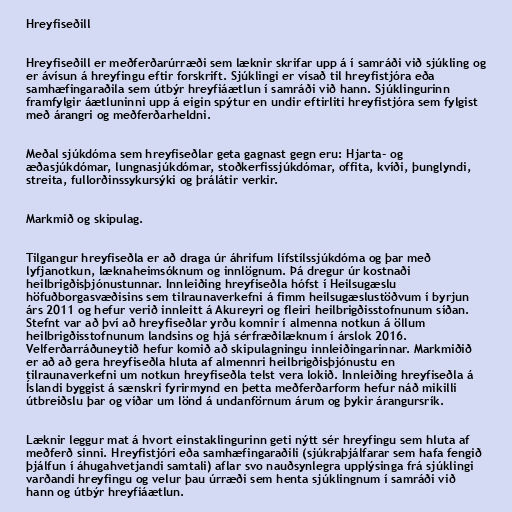
Hreyfiseðill

Hreyfiseðill er meðferðarúrræði sem læknir skrifar upp á í samráði við sjúkling og
er ávísun á hreyfingu eftir forskrift. Sjúklingi er vísað til hreyfistjóra eða
samhæfingaraðila sem útbýr hreyfiáætlun í samráði við hann. Sjúklingurinn
framfylgir áætluninni upp á eigin spýtur en undir eftirliti hreyfistjóra sem fylgist
með árangri og meðferðarheldni.

Meðal sjúkdóma sem hreyfiseðlar geta gagnast gegn eru: Hjarta- og
æðasjúk­dóm­ar, lungna­sjúk­dóm­ar, stoðkerf­is­sjúk­dóm­ar, offita, kvíði, þung­lyndi,
streita, fullorðinssykursýki og þrálátir verkir.

Markmið og skipulag.

Tilgangur hreyfiseðla er að draga úr áhrifum lífstílssjúkdóma og þar með
lyfjanotkun, læknaheimsóknum og innlögnum. Þá dregur úr kostnaði
heilbrigðisþjónustunnar. Innleiðing hreyfiseðla hófst í Heilsugæslu
höfuðborgasvæðisins sem tilraunaverkefni á fimm heilsugæslustöðvum í byrjun
árs 2011 og hefur verið innleitt á Akureyri og fleiri heilbrigðisstofnunum síðan.
Stefnt var að því að hreyfiseðlar yrðu komnir í almenna notkun á öllum
heilbrigðisstofnunum landsins og hjá sérfræðilæknum í árslok 2016.
Velferðarráðuneytið hefur komið að skipulagningu innleiðingarinnar. Markmiðið
er að að gera hreyfiseðla hluta af al­mennri heil­brigðisþjón­ustu en
til­rauna­verk­efni um notk­un hreyfiseðla telst vera lokið. Inn­leiðing hreyfiseðla á
Íslandi bygg­ist á sænskri fyr­ir­mynd en þetta meðferðarform hef­ur náð mik­illi
út­breiðslu þar og víðar um lönd á und­an­förn­um árum og þykir ár­ang­urs­rík.

Læknir leggur mat á hvort einstaklingurinn geti nýtt sér hreyfingu sem hluta af
meðferð sinni. Hreyfistjóri eða samhæfingaraðili (sjúkraþjálfarar sem hafa fengið
þjálfun í áhugahvetjandi samtali) aflar svo nauðsynlegra upplýsinga frá sjúklingi
varðandi hreyfingu og velur þau úrræði sem henta sjúklingnum í samráði við
hann og útbýr hreyfiáætlun.